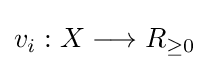
v_{i}:X\longrightarrow R_{\geq 0}